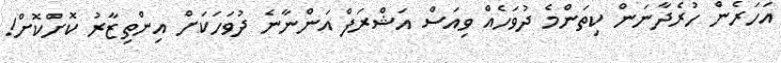
އަހަރެން ހުރެދާނަން ކިތަންމެ ދުވަހެއް ވިއަސް އަޝްރަފް އަންނާނެ ދުވަހަކަށް އިންތިޒާރު ކޮށްކޮށް!